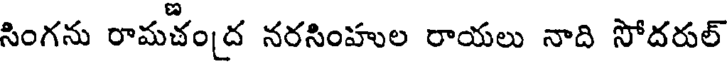
సింగను రామచం[ద నరసింహుల రాయలు నాది సోదరుల్